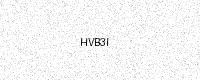
Text: HVB3I